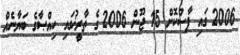
2006 ގައި ފާސްކޮށް 15 ޖޫން 2006 ގެ ތާރީޚުގައި ހިއްޞާގެ ބަޔާނެއް